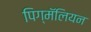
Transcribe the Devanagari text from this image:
पिग्मॅलियन